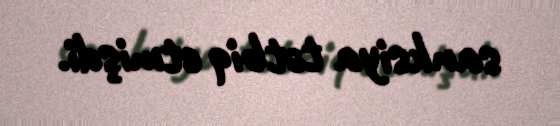
sanksiya tətbiq etmişdi.